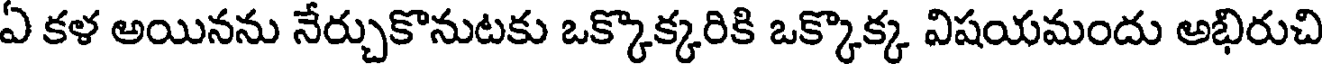
ఏ కళ అయినను నేర్చుకొనుటకు ఒక్కొక్కరికి ఒక్కొక్క విషయమందు అభిరుచి